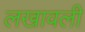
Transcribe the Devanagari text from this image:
लखावली